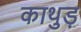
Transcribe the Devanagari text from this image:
काथुड़